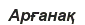
Арғанақ